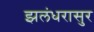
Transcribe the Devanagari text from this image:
झलंधरासुर